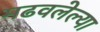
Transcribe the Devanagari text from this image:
मढवलेल्या